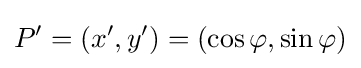
P'=(x',y')=(\cos \varphi ,\sin \varphi )